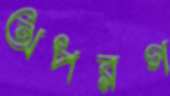
অপরগ